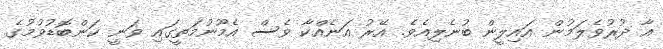
އާ ދުރުވެލަމުން އައިލީން ބުނެލިއެވެ. އޭރު އަނެއްކާ ވެސް އެމޫނުމަތީގައި ވަނީ ކަންބޮޑުވުމުގެ